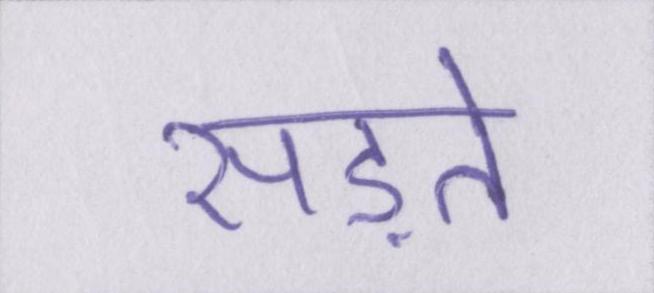
सड़ते